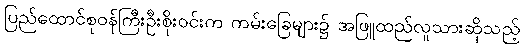
ပြည်ထောင်စုဝန်ကြီးဦးစိုးဝင်းက ကမ်းခြေများ၌ အဖြူထည်လူသားဆိုသည့်